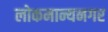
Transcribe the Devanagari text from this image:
लोकमान्यनगर